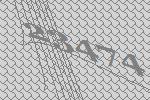
23474